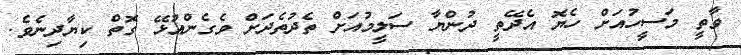
ވާތީ މަސީހުއަށް ހެޔޮ އެދޭތީ ދުންޔާ ސަލީމުއަށް ތެދުތެދަށް ވެގެންއުޅޭ ގޮތް ކިޔާދިނެވެ.